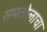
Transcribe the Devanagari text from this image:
समतोलाचा